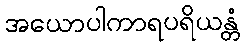
အယောပါကာရပရိယန္တံ